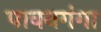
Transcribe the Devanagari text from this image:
पावनगंगा